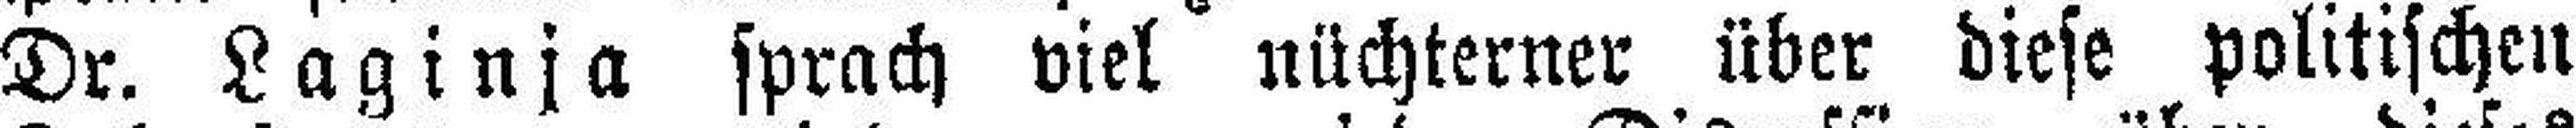
Dr. Laginja sprach viel nüchterner über diese politischen